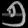
Digit: ၅